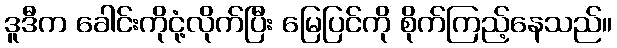
ဒူဒီက ခေါင်းကိုငုံ့လိုက်ပြီး မြေပြင်ကို စိုက်ကြည့်နေသည်။